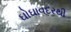
ઘોઘાવદરથી